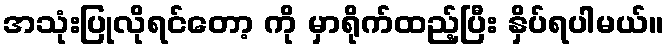
အသုံးပြုလိုရင်တော့ ကို မှာရိုက်ထည့်ပြီး နှိပ်ရပါမယ်။